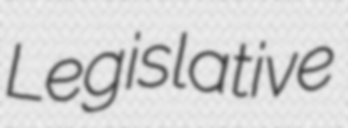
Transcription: Legislative